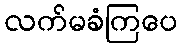
လက်မခံကြပေ